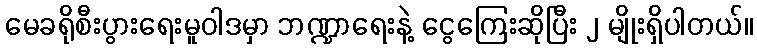
မေခရိုစီးပွားရေးမူဝါဒမှာ ဘဏ္ဍာရေးနဲ့ ငွေကြေးဆိုပြီး ၂ မျိုးရှိပါတယ်။